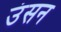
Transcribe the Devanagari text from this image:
उंसन